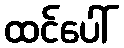
ထင်ပေါ်